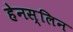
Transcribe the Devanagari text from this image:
हेनस्लिन